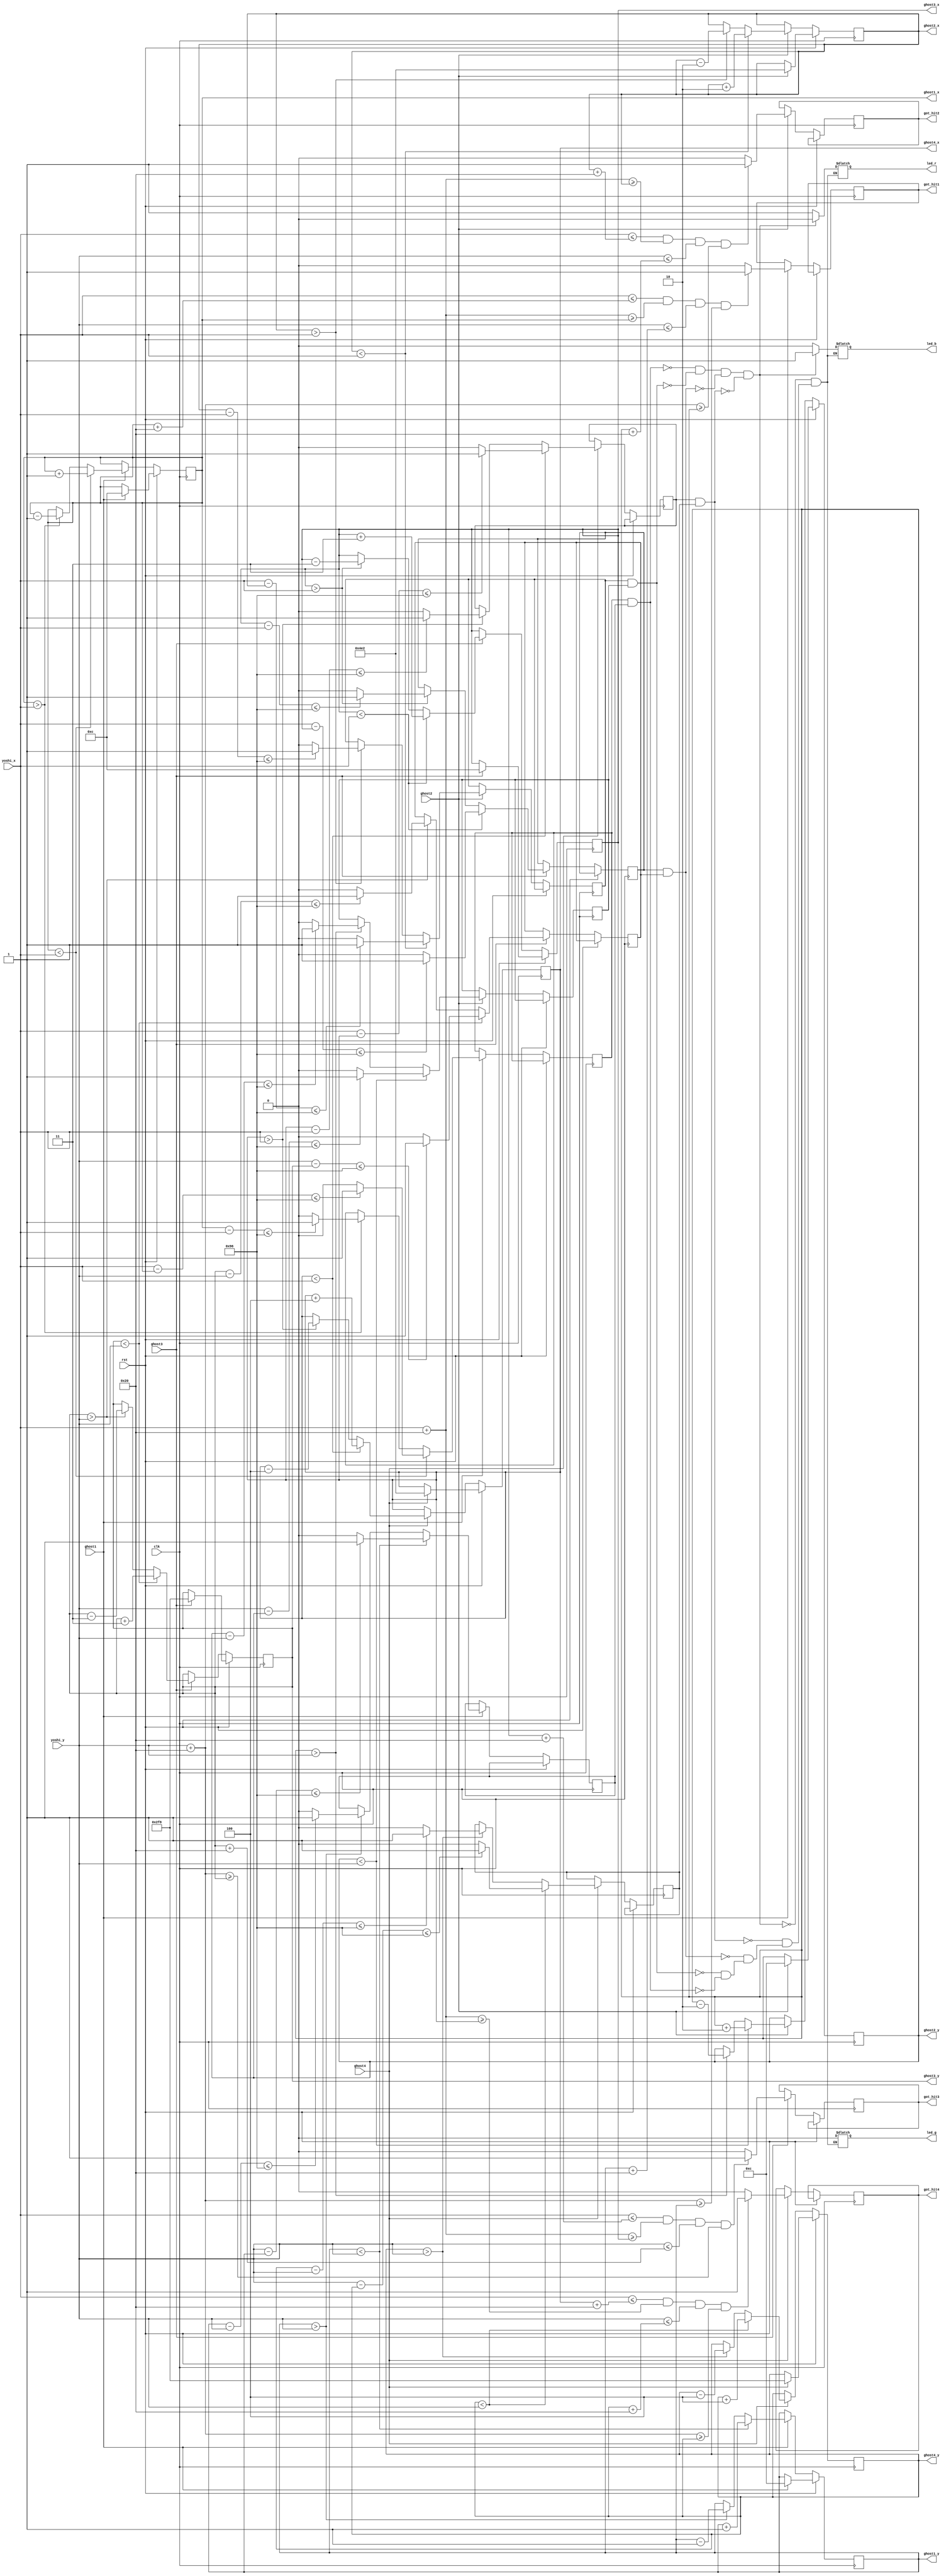
`timescale 1ns / 1ps
//////////////////////////////////////////////////////////////////////////////////
// Company: 
// Engineer: 
// 
// Design Name: 
// Module Name: ghosts_logic
// Project Name: 
// Target Devices: 
// Tool Versions: 
// Description: 
// 
// Dependencies: 
// 
// Revision:
// Revision 0.01 - File Created
// Additional Comments:
// 
//////////////////////////////////////////////////////////////////////////////////


module ghosts_logic(input clk, rst,
                    input ghost1, ghost2, ghost3, ghost4,
                    input [10:0] yoshi_x,
                    input [9:0] yoshi_y,
                    output reg led_b, led_g, led_r,
                    output reg got_hit1, got_hit2, got_hit3, got_hit4,
                    output reg [10:0] ghost1_x, ghost2_x, ghost3_x, ghost4_x,
                    output reg [9:0] ghost1_y, ghost2_y, ghost3_y, ghost4_y);
                                    
    parameter YOSHI_SIZE = 6'd32;
    // Ghosts parameters: size, and speed in the x and y directions
    parameter GHOSTS_SIZE = 6'd32;
    // Ghost 1
    parameter GHOST1_X_SPEED = 11'd1;
    parameter GHOST1_Y_SPEED = 10'd1;
    // Ghost 2
    parameter GHOST2_X_SPEED = 11'd2;
    parameter GHOST2_Y_SPEED = 10'd2;
    // Ghost 3
    parameter GHOST3_X_SPEED = 11'd3;
    parameter GHOST3_Y_SPEED = 10'd3;
    // Ghost 4
    parameter GHOST4_X_SPEED = 11'd4;
    parameter GHOST4_Y_SPEED = 10'd4;
    
    // Checks if there is any overlap between the character and a ghost to apply damage
    // YOSHI_SIZE is the width=32 to be a bit more specific
    assign overlap1 = ((yoshi_x <= ghost1_x + GHOSTS_SIZE) &
                       (yoshi_x + YOSHI_SIZE >= ghost1_x) &
                       (yoshi_y <= ghost1_y + GHOSTS_SIZE) &
                       (yoshi_y + YOSHI_SIZE >= ghost1_y)
    );
    
    assign overlap2 = ((yoshi_x <= ghost2_x + GHOSTS_SIZE) &
                       (yoshi_x + YOSHI_SIZE >= ghost2_x) &
                       (yoshi_y <= ghost2_y + GHOSTS_SIZE) &
                       (yoshi_y + YOSHI_SIZE >= ghost2_y)
    );
    
    assign overlap3 = ((yoshi_x <= ghost3_x + GHOSTS_SIZE) &
                       (yoshi_x + YOSHI_SIZE >= ghost3_x) &
                       (yoshi_y <= ghost3_y + GHOSTS_SIZE) &
                       (yoshi_y + YOSHI_SIZE >= ghost3_y)
    );
    
    assign overlap4 = ((yoshi_x <= ghost4_x + GHOSTS_SIZE) &
                       (yoshi_x + YOSHI_SIZE >= ghost4_x) &
                       (yoshi_y <= ghost4_y + GHOSTS_SIZE) &
                       (yoshi_y + YOSHI_SIZE >= ghost4_y)
    );
    
    
    // Signals used to check if any of the ghosts is close to the character
    // these are used to light up the RGB Leds to red if a ghost is near
    parameter CLOSE_DISTANCE = 8'd150;
    reg ghost1_x_close, ghost1_y_close;
    reg ghost2_x_close, ghost2_y_close;
    reg ghost3_x_close, ghost3_y_close;
    reg ghost4_x_close, ghost4_y_close;
    assign ghost1_close = (ghost1_x_close & ghost1_y_close);
    assign ghost2_close = (ghost2_x_close & ghost2_y_close);
    assign ghost3_close = (ghost3_x_close & ghost3_y_close);
    assign ghost4_close = (ghost4_x_close & ghost4_y_close);
    
    always @ *
    begin
        if (ghost1_close)
        begin
            led_b = 1'b0;
            led_g = 1'b0;
            led_r = 1'b1;
        end
        
        if (ghost2_close)
        begin
            led_b = 1'b0;
            led_g = 1'b0;
            led_r = 1'b1;
        end
        
        if (ghost3_close)
        begin
            led_b = 1'b0;
            led_g = 1'b0;
            led_r = 1'b1;
        end
        
        if (ghost4_close)
        begin
            led_b = 1'b0;
            led_g = 1'b0;
            led_r = 1'b1;
        end
        
        if (!ghost1_close & !ghost2_close & !ghost3_close & !ghost4_close)
        begin
            led_b = 1'b1;
            led_g = 1'b0;
            led_r = 1'b0;
        end
    end
    
    always @ (posedge clk)
    begin
        if (rst)
        begin
            // Ghost 1
            if (ghost1)
            begin
                ghost1_x <= 11'd12;
                ghost1_y <= 10'd12;
            end
            
            // Ghost 2
            if (ghost2)
            begin
                ghost2_x <= 11'd1250;
                ghost2_y <= 10'd12;
            end
            
            // Ghost 3
            if (ghost3)
            begin
                ghost3_x <= 11'd12;
                ghost3_y <= 10'd760;
            end
            
            // Ghost 4
            if (ghost4)
            begin
                ghost4_x <= 11'd1250;
                ghost4_y <= 10'd760;
            end
        end
        else
        begin
            // Ghost 1
            if (ghost1)
            begin
                if (ghost1_x < yoshi_x)
                begin
                    ghost1_x <= ghost1_x + GHOST1_X_SPEED; // move right
                    
                    // Distance check for RGB Leds!
                    if (yoshi_x - ghost1_x <= CLOSE_DISTANCE)
                        ghost1_x_close <= 1'b1;
                    else
                        ghost1_x_close <= 1'b0;
                end
                else if (ghost1_x > yoshi_x)
                begin
                    ghost1_x <= ghost1_x - GHOST1_X_SPEED; // move left
                    
                    // Distance check for RGB Leds!
                    if (ghost1_x - yoshi_x <= CLOSE_DISTANCE)
                        ghost1_x_close <= 1'b1;
                    else
                        ghost1_x_close <= 1'b0;
                end
                    
                if (ghost1_y < yoshi_y)
                begin
                    ghost1_y <= ghost1_y + GHOST1_Y_SPEED; // move down
                    
                    // Distance check for RGB Leds!
                    if (yoshi_y - ghost1_y <= CLOSE_DISTANCE)
                        ghost1_y_close <= 1'b1;
                    else
                        ghost1_y_close <= 1'b0;
                end
                else if (ghost1_y > yoshi_y)
                begin
                    ghost1_y <= ghost1_y - GHOST1_Y_SPEED; // move up
                    
                    // Distance check for RGB Leds!
                    if (ghost1_y - yoshi_y <= CLOSE_DISTANCE)
                        ghost1_y_close <= 1'b1;
                    else
                        ghost1_y_close <= 1'b0;
                end        
                    
                // If the ghost touches the character set signal for hit
                if (overlap1)
                    got_hit1 <= 1'b1;
                else
                    got_hit1 <= 1'b0;
            end
            
            // Ghost 2
            if (ghost2)
            begin
                if (ghost2_x < yoshi_x)
                begin
                    ghost2_x <= ghost2_x + GHOST2_X_SPEED;
                    
                    // Distance check for RGB Leds!
                    if (yoshi_x - ghost2_x <= CLOSE_DISTANCE)
                        ghost2_x_close <= 1'b1;
                    else
                        ghost2_x_close <= 1'b0;
                end
                else if (ghost2_x > yoshi_x)
                begin
                    ghost2_x <= ghost2_x - GHOST2_X_SPEED;
                    
                    // Distance check for RGB Leds!
                    if (ghost2_x - yoshi_x <= CLOSE_DISTANCE)
                        ghost2_x_close <= 1'b1;
                    else
                        ghost2_x_close <= 1'b0;
                end
                    
                if (ghost2_y < yoshi_y)
                begin
                    ghost2_y <= ghost2_y + GHOST2_Y_SPEED;
                    
                    // Distance check for RGB Leds!
                    if (yoshi_y - ghost2_y <= CLOSE_DISTANCE)
                        ghost2_y_close <= 1'b1;
                    else
                        ghost2_y_close <= 1'b0;
                end
                else if (ghost2_y > yoshi_y)
                begin
                    ghost2_y <= ghost2_y - GHOST2_Y_SPEED;
                    
                    // Distance check for RGB Leds!
                    if (ghost2_y - yoshi_y <= CLOSE_DISTANCE)
                        ghost2_y_close <= 1'b1;
                    else
                        ghost2_y_close <= 1'b0;
                end
                    
                // If the ghost touches the character set signal for hit
                if (overlap2)
                    got_hit2 <= 1'b1;
                else
                    got_hit2 <= 1'b0;
            end
            
            // Ghost 3
            if (ghost3)
            begin
                if (ghost3_x < yoshi_x)
                begin
                    ghost3_x <= ghost3_x + GHOST3_X_SPEED;
                    
                    // Distance check for RGB Leds!
                    if (yoshi_x - ghost3_x <= CLOSE_DISTANCE)
                        ghost3_x_close <= 1'b1;
                    else
                        ghost3_x_close <= 1'b0;
                end
                else if (ghost3_x > yoshi_x)
                begin
                    ghost3_x <= ghost3_x - GHOST3_X_SPEED;
                    
                    // Distance check for RGB Leds!
                    if (ghost3_x - yoshi_x <= CLOSE_DISTANCE)
                        ghost3_x_close <= 1'b1;
                    else
                        ghost3_x_close <= 1'b0;
                end
                    
                if (ghost3_y < yoshi_y)
                begin
                    ghost3_y <= ghost3_y + GHOST3_Y_SPEED;
                    
                    // Distance check for RGB Leds!
                    if (yoshi_y - ghost3_y <= CLOSE_DISTANCE)
                        ghost3_y_close <= 1'b1;
                    else
                        ghost3_y_close <= 1'b0;
                end
                else if (ghost3_y > yoshi_y)
                begin
                    ghost3_y <= ghost3_y - GHOST3_Y_SPEED;
                    
                    // Distance check for RGB Leds!
                    if (ghost3_y - yoshi_y <= CLOSE_DISTANCE)
                        ghost3_y_close <= 1'b1;
                    else
                        ghost3_y_close <= 1'b0;
                end
                    
                // If the ghost touches the character set signal for hit
                if (overlap3)
                    got_hit3 <= 1'b1;
                else
                    got_hit3 <= 1'b0;
            end
            
            // Ghost 4
            if (ghost4)
            begin
                if (ghost4_x < yoshi_x)
                begin
                    ghost4_x <= ghost4_x + GHOST4_X_SPEED;
                    
                    // Distance check for RGB Leds!
                    if (yoshi_x - ghost4_x <= CLOSE_DISTANCE)
                        ghost4_x_close <= 1'b1;
                    else
                        ghost4_x_close <= 1'b0;
                end
                else if (ghost4_x > yoshi_x)
                begin
                    ghost4_x <= ghost4_x - GHOST4_X_SPEED;
                    
                    // Distance check for RGB Leds!
                    if (ghost4_x - yoshi_x <= CLOSE_DISTANCE)
                        ghost4_x_close <= 1'b1;
                    else
                        ghost4_x_close <= 1'b0;
                end
                    
                if (ghost4_y < yoshi_y)
                begin
                    ghost4_y <= ghost4_y + GHOST4_Y_SPEED;
                    
                    // Distance check for RGB Leds!
                    if (yoshi_y - ghost4_y <= CLOSE_DISTANCE)
                        ghost4_y_close <= 1'b1;
                    else
                        ghost4_y_close <= 1'b0;
                end
                else if (ghost4_y > yoshi_y)
                begin
                    ghost4_y <= ghost4_y - GHOST4_Y_SPEED;
                    
                    // Distance check for RGB Leds!
                    if (ghost4_y - yoshi_y <= CLOSE_DISTANCE)
                        ghost4_y_close <= 1'b1;
                    else
                        ghost4_y_close <= 1'b0;
                end
                    
                // If the ghost touches the character set signal for hit
                if (overlap4)
                    got_hit4 <= 1'b1;
                else
                    got_hit4 <= 1'b0;
            end
        end
    end   
endmodule